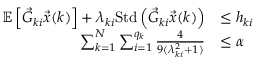
\begin{array} { r l } { \mathbb { E } \left[ \vec { G } _ { k i } \vec { \boldsymbol { x } } ( k ) \right] + \lambda _ { k i } \mathrm { S t d } \left( \vec { G } _ { k i } \vec { \boldsymbol { x } } ( k ) \right) } & { \leq h _ { k i } } \\ { \sum _ { k = 1 } ^ { N } \sum _ { i = 1 } ^ { q _ { k } } \frac { 4 } { 9 ( \lambda _ { k i } ^ { 2 } + 1 ) } } & { \leq \alpha } \end{array}